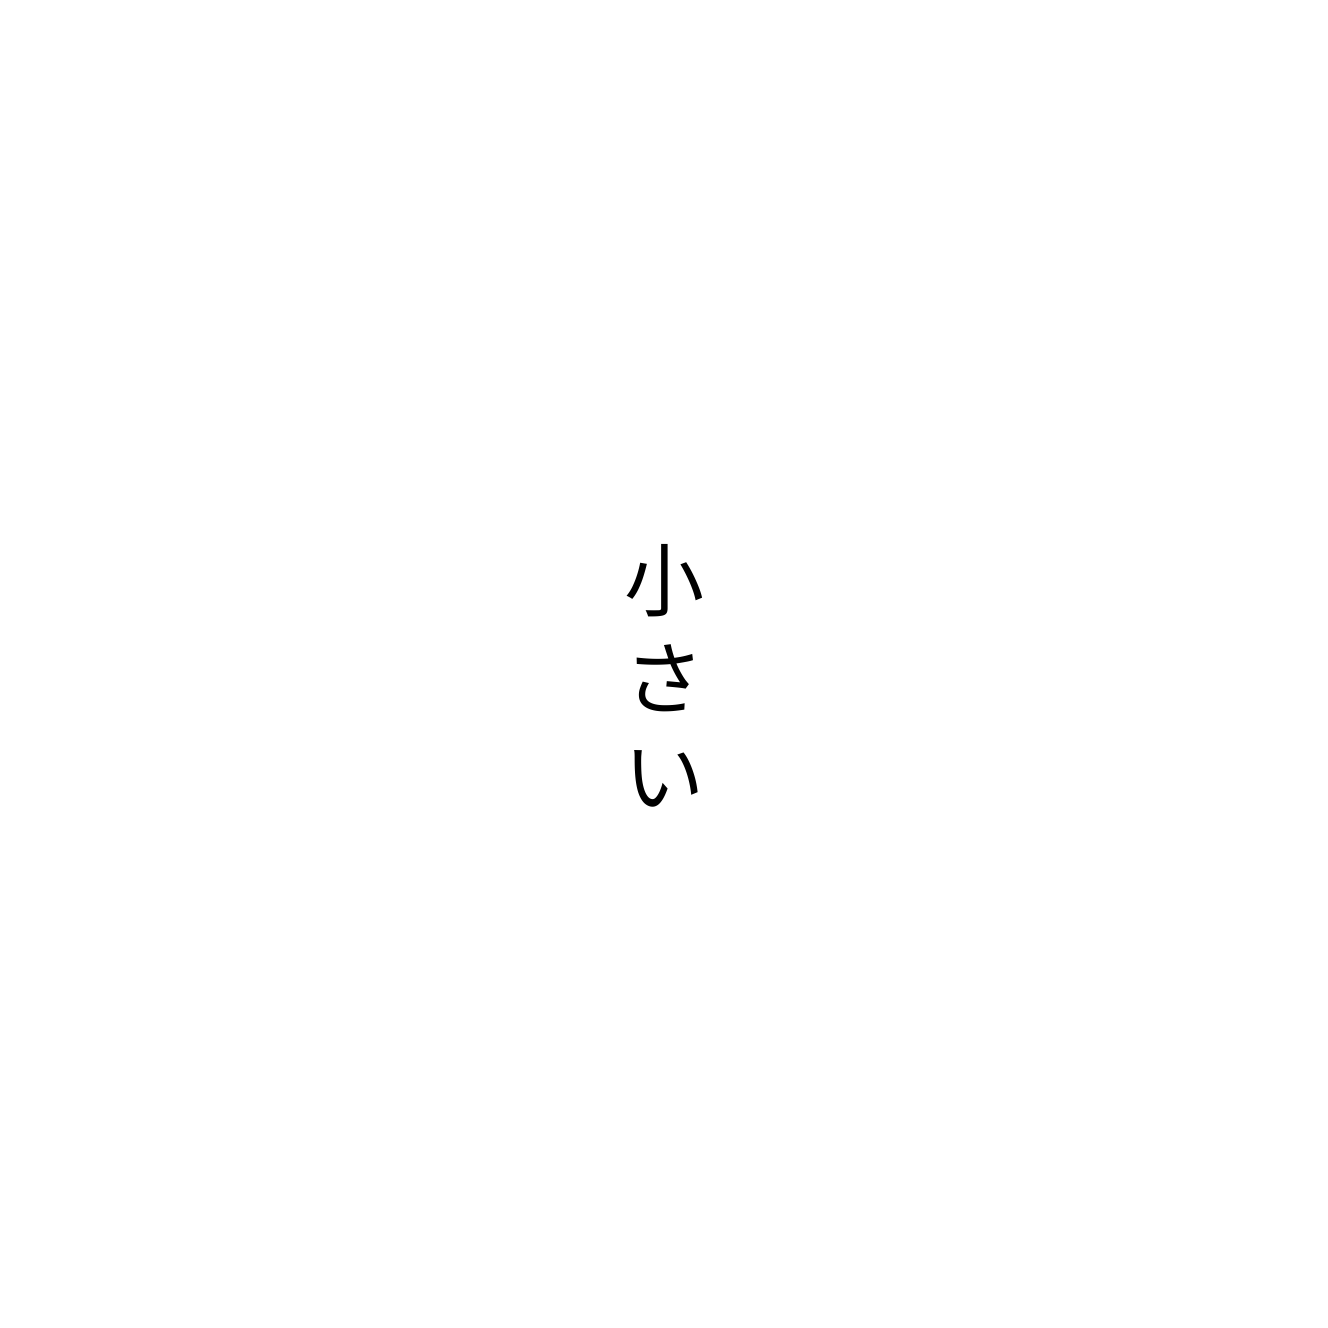
小さい